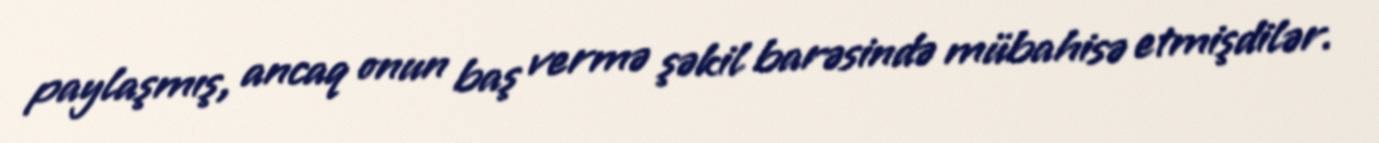
paylaşmış, ancaq onun baş vermə şəkil barəsində mübahisə etmişdilər.